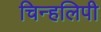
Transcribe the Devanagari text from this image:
चिन्हलिपी